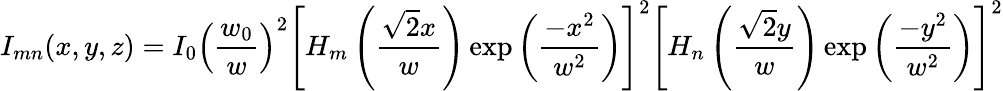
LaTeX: I_{mn}(x,y,z)=I_{0}\left({\frac{w_{0}}{w}}\right)^{2}\left[H_{m}\left({\frac{{\sqrt{2}}x}{w}}\right)\exp\left({\frac{-x^{2}}{w^{2}}}\right)\right]^{2}\left[H_{n}\left({\frac{{\sqrt{2}}y}{w}}\right)\exp\left({\frac{-y^{2}}{w^{2}}}\right)\right]^{2}